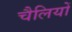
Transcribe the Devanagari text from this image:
चैलियों